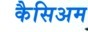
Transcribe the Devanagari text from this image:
कैसिअम